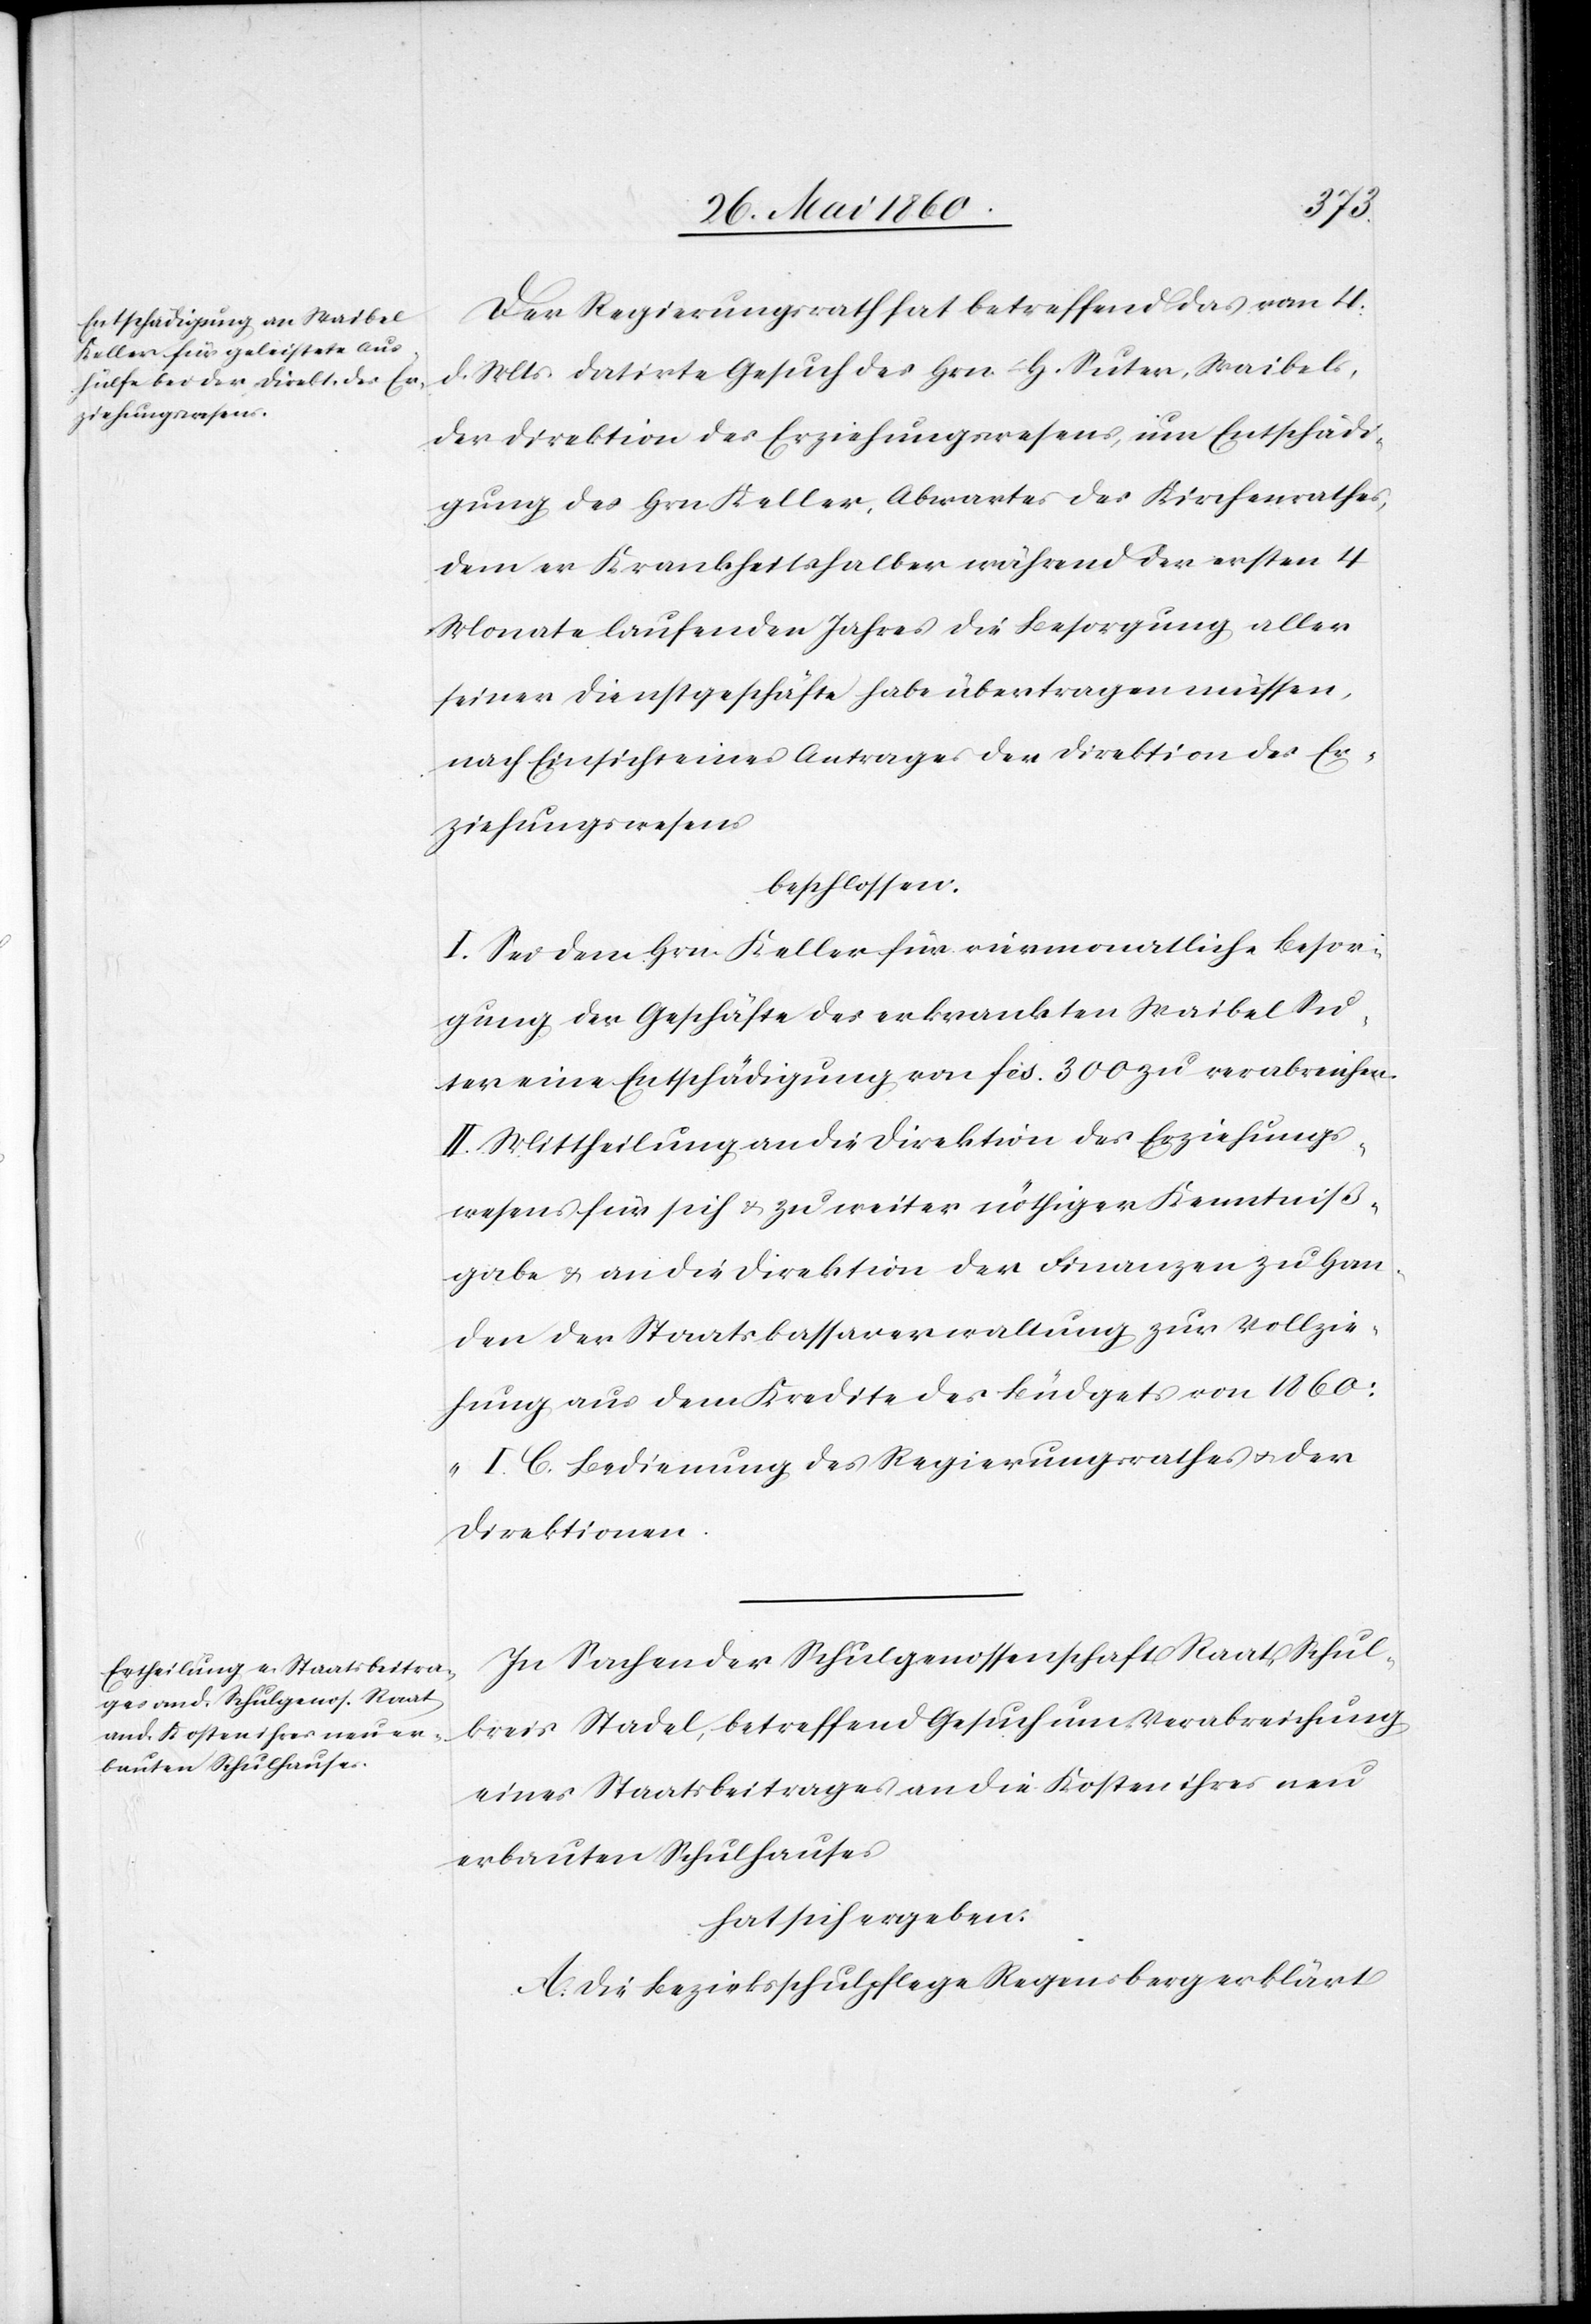
Der Regierungsrath hat betreffend das vom 4.
d. Mts. datirte Gesuch des Hrn. H. Suter, Waibels,
der Direktion des Erziehungswesens, um Entschädi¬
gung des Hrn. Keller, Abwartes des Kirchenrathes,
dem er Krankheitshalber während der ersten 4
Monate laufenden Jahres die Besorgung aller
seiner Dienstgeschäftliche habe übertragen müssen,
nach Einsicht eines Antrages der Direktion des Er¬
ziehungswesens
beschlossen:
I. Sei dem Hrn. Keller für viermonatliche Besor¬
gung der Geschäfte des erkrankten Waibel Su¬
ter eine Entschädigung von fcs. 300 zu verabreichen.
II. Mittheilung an die Direktion des Erziehungs¬
wesens für sich u. zu weiter nöthiger Kenntniß¬
gabe u. an die Direktion der Finanzen zu Han¬
den der Staatskassaverwaltung zur Vollzie¬
hung aus dem Kredite des Büdgets von 1860:
„I. C. Bedienung des Regierungsrathes u. der
Direktionen[“]
In Sachen der Schulgenossenschaft Raat, Schul¬
kreis Stadel, betreffend Gesuch um Verabreichung
eines Staatsbeitrages an die Kosten ihres neu
erbauten Schulhauses
hat sich ergeben:
A. Die Bezirksschulpflege Regensberg erklärt